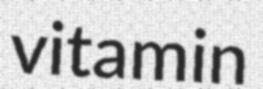
vitamin